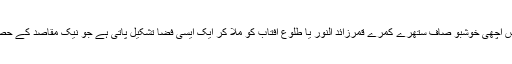
اس کے ساتھ ساتھ پاک صاف لباس اچھی خوشبو صاف ستھرے کمرے قمرزائد النور یا طلوع آفتاب کو ملا کر ایک ایسی فضا تشکیل پاتی ہے جو نیک مقاصد کے حصول کیلئے بالکل قدرتی ہوتی ہے۔